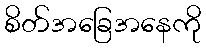
စိတ်အခြေအနေကို